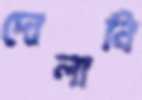
দোলানি